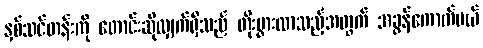
နှစ်သင်တန်းကို တောင်းဆိုလျှက်ရှိသည် တိုးပွားလာသည့်အတွက် အခွန်ကောက်မယ်